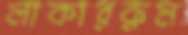
লাকাররুম